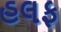
હલફ